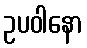
ဥပဝါနော